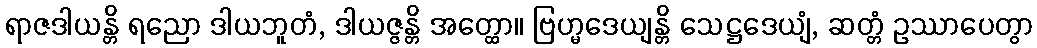
ရာဇဒါယန္တိ ရညော ဒါယဘူတံ, ဒါယဇ္ဇန္တိ အတ္ထော။ ဗြဟ္မဒေယျန္တိ သေဋ္ဌဒေယျံ, ဆတ္တံ ဥဿာပေတွာ